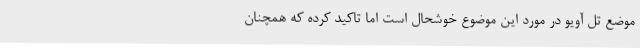
موضع تل آویو در مورد این موضوع خوشحال است اما تاکید کرده که همچنان